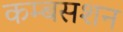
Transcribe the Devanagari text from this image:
कम्बसशन